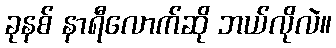
ခုနစ် နာရီလောက်ဆို ဘယ်လိုလဲ။